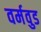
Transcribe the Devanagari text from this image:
वर्मवुड